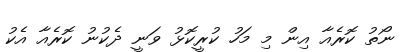
ނޯތު ކޮރެއާ އިން މި މަހު ކުރީކޮޅު ވަނީ ދެކުނު ކޮރެއާ އެކު